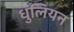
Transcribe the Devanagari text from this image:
धुलियन